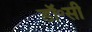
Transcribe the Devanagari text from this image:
डॉ॰सी